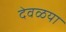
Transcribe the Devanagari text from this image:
देवळया